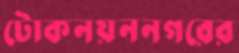
টোকনয়ননগরের